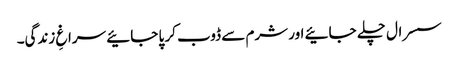
سسرال چلے جائیے اور شرم سے ڈوب کر پا جائیے سراغِ زندگی۔